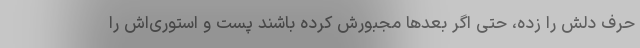
حرف دلش را زده، حتی اگر بعدها مجبورش کرده باشند پست و استوری‌اش را